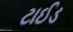
ટાઈડ